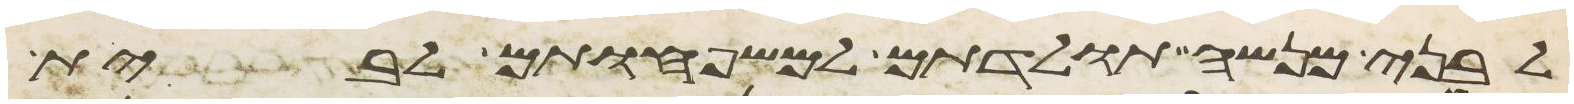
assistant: לבני מנשה תולדתם למשפחותם לבית